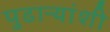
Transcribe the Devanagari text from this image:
पुढाऱ्यांशी